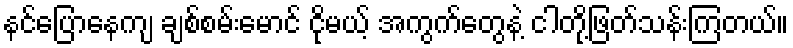
နင်ပြောနေကျ ချစ်စမ်းမောင် ငိုမယ့် အကွက်တွေနဲ့ ငါတို့ဖြတ်သန်းကြတယ်။